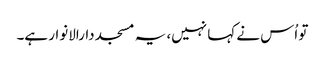
تو اُس نے کہا نہیں، یہ مسجد دارالانوار ہے۔